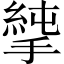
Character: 𢲝